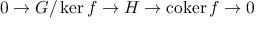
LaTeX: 0 \rightarrow G / \ker f \rightarrow H \rightarrow \operatorname { c o k e r } f \rightarrow 0